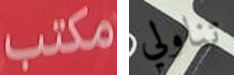
مكتب تناولي